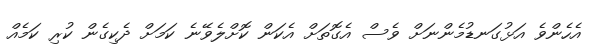
އެހެންވެ އަޅުގަނޑުމެންނަށް ވެސް އެގޮތަށް އެކަން ކޮށްލެވޭނެ ކަމަށް ދެކިގެން ކުރި ކަމެއް